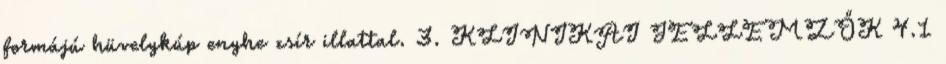
formájú hüvelykúp enyhe zsír illattal. 3. KLINIKAI JELLEMZŐK 4.1